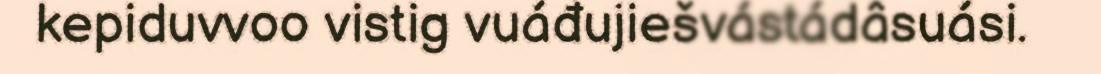
kepiduvvoo vistig vuáđujiešvástádâsuási.